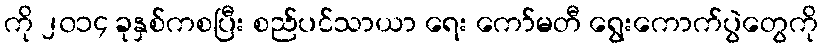
ကို ၂၀၁၄ ခုနှစ်ကစပြီး စည်ပင်သာယာ ရေး ကော်မတီ ရွေးကောက်ပွဲတွေကို